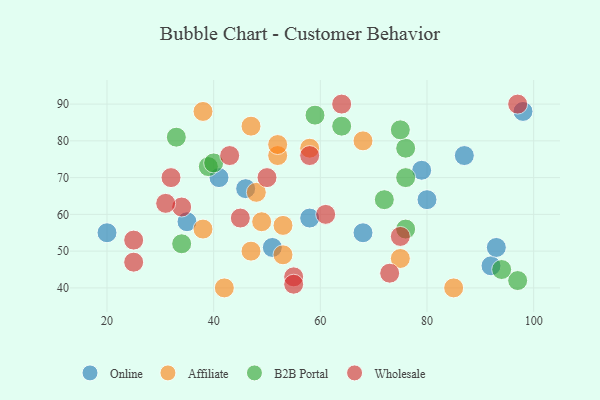
{"axis": {"x": "GDP", "y": "Life Expectancy"}, "legend": ["Affiliate", "B2B Portal", "Online", "Wholesale"], "data": [{"x": "98", "y": 88, "type": "Online"}, {"x": "58", "y": 59, "type": "Online"}, {"x": "68", "y": 55, "type": "Online"}, {"x": "92", "y": 46, "type": "Online"}, {"x": "79", "y": 72, "type": "Online"}, {"x": "41", "y": 70, "type": "Online"}, {"x": "87", "y": 76, "type": "Online"}, {"x": "93", "y": 51, "type": "Online"}, {"x": "20", "y": 55, "type": "Online"}, {"x": "46", "y": 67, "type": "Online"}, {"x": "80", "y": 64, "type": "Online"}, {"x": "51", "y": 51, "type": "Online"}, {"x": "35", "y": 58, "type": "Online"}, {"x": "53", "y": 57, "type": "Affiliate"}, {"x": "53", "y": 49, "type": "Affiliate"}, {"x": "52", "y": 76, "type": "Affiliate"}, {"x": "38", "y": 56, "type": "Affiliate"}, {"x": "47", "y": 50, "type": "Affiliate"}, {"x": "85", "y": 40, "type": "Affiliate"}, {"x": "52", "y": 79, "type": "Affiliate"}, {"x": "68", "y": 80, "type": "Affiliate"}, {"x": "58", "y": 78, "type": "Affiliate"}, {"x": "47", "y": 84, "type": "Affiliate"}, {"x": "49", "y": 58, "type": "Affiliate"}, {"x": "38", "y": 88, "type": "Affiliate"}, {"x": "42", "y": 40, "type": "Affiliate"}, {"x": "75", "y": 48, "type": "Affiliate"}, {"x": "48", "y": 66, "type": "Affiliate"}, {"x": "76", "y": 78, "type": "B2B Portal"}, {"x": "76", "y": 70, "type": "B2B Portal"}, {"x": "59", "y": 87, "type": "B2B Portal"}, {"x": "39", "y": 73, "type": "B2B Portal"}, {"x": "97", "y": 42, "type": "B2B Portal"}, {"x": "76", "y": 56, "type": "B2B Portal"}, {"x": "72", "y": 64, "type": "B2B Portal"}, {"x": "34", "y": 52, "type": "B2B Portal"}, {"x": "94", "y": 45, "type": "B2B Portal"}, {"x": "75", "y": 83, "type": "B2B Portal"}, {"x": "40", "y": 74, "type": "B2B Portal"}, {"x": "64", "y": 84, "type": "B2B Portal"}, {"x": "33", "y": 81, "type": "B2B Portal"}, {"x": "34", "y": 62, "type": "Wholesale"}, {"x": "73", "y": 44, "type": "Wholesale"}, {"x": "45", "y": 59, "type": "Wholesale"}, {"x": "97", "y": 90, "type": "Wholesale"}, {"x": "43", "y": 76, "type": "Wholesale"}, {"x": "64", "y": 90, "type": "Wholesale"}, {"x": "25", "y": 47, "type": "Wholesale"}, {"x": "31", "y": 63, "type": "Wholesale"}, {"x": "58", "y": 76, "type": "Wholesale"}, {"x": "61", "y": 60, "type": "Wholesale"}, {"x": "25", "y": 53, "type": "Wholesale"}, {"x": "32", "y": 70, "type": "Wholesale"}, {"x": "75", "y": 54, "type": "Wholesale"}, {"x": "50", "y": 70, "type": "Wholesale"}, {"x": "55", "y": 43, "type": "Wholesale"}, {"x": "55", "y": 41, "type": "Wholesale"}]}